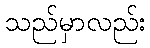
သည်မှာလည်း